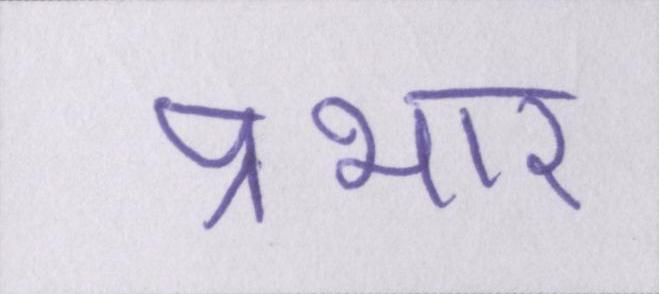
प्रभार